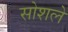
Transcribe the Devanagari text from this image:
सोशले